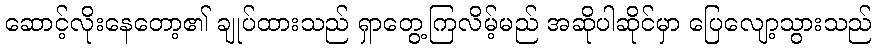
ဆောင့်လိုးနေတော့၏ ချုပ်ထားသည် ရှာတွေ့ကြလိမ့်မည် အဆိုပါဆိုင်မှာ ပြေလျော့သွားသည်